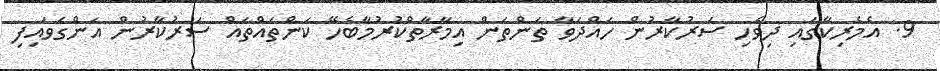
9. އެމެރިކާގައި ދިވެހި ސަރުކާރުން ހައްދަވާ ތަންތަން އިމާރާތްކުރުމާބެހޭ ކަންތައްތައް ސަރުކާރުން އަންގަވައިފި